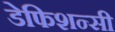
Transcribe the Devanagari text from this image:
डेफिशन्सी